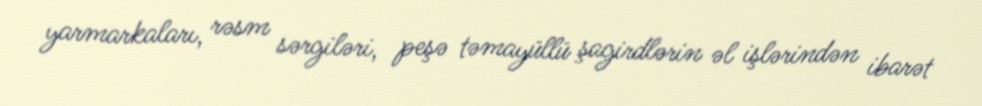
yarmarkaları, rəsm sərgiləri, peşə təmayüllü şagirdlərin əl işlərindən ibarət